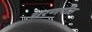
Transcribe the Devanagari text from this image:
चरणपीठ